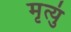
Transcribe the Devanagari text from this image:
मृत्युं